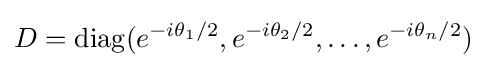
D=\operatorname {diag} (e^{-i\theta _{1}/2},e^{-i\theta _{2}/2},\dots ,e^{-i\theta _{n}/2})